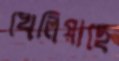
খেলিয়াছে